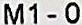
M1 - 0